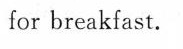
for breakfast.